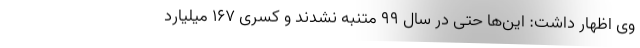
وی اظهار داشت: این‌ها حتی در سال 99 متنبه نشدند و کسری 167 میلیارد